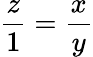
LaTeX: \frac{z}{1}=\frac{x}{y}